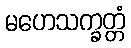
မဟေသက္ခတ္တံ